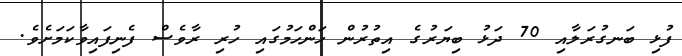
ފުޅި ބަނގުރަލާއި 70 ދަޅު ބިޔަރުގެ އިތުރުން ހަންހަމުގައި ހުރި ރާވެސް ފެނިފައިވާކަމަށެވެ.